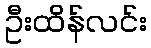
ဦးထိန်လင်း